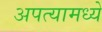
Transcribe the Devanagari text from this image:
अपत्यामध्ये